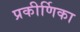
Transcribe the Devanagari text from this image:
प्रकीर्णिका